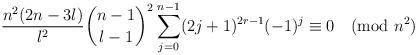
LaTeX: \begin{align*}\frac{n^2(2n-3l)}{l^2}\binom{n-1}{l-1}^2\sum_{j=0}^{n-1}(2j+1)^{2r-1}(-1)^j\equiv0\pmod{n^2}\end{align*}